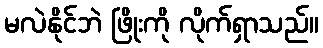
မလဲနိုင်ဘဲ ဖြိုးကို လိုက်ရှာသည်။